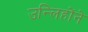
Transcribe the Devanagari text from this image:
उन्लिहोंने